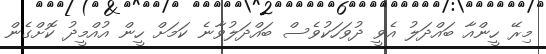
މިރޭ ހީންއާ ބައްދަލު އެވީ ދުވަހަކުވެސް ބައްދަލުވާނެ ކަމަށް ހީން އުއްމީދު ކޮށްގެން